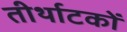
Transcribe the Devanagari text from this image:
तीर्थाटकों